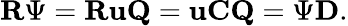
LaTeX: \mathbf{R}\Psi=\mathbf{R}\mathbf{u}\mathbf{Q}=\mathbf{u}\mathbf{C}\mathbf{Q}=\Psi\mathbf{D}.